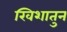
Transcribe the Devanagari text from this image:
खिशातुन